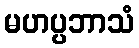
မဟပ္ပဘာသံ